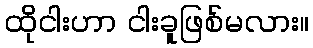
ထိုငါးဟာ ငါးခူဖြစ်မလား။